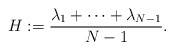
\begin{align*}H:=\frac{\lambda_1+\dots+\lambda_{N-1}}{N-1}.\end{align*}